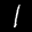
Label: 1